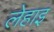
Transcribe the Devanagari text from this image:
लेहाइ